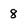
Character: 8